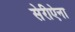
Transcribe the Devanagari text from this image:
सेरीऐना